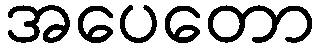
အပေတော